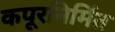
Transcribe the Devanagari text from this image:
कपूरनिर्मित